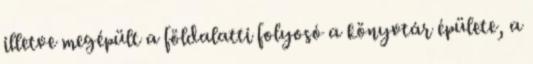
illetve megépült a földalatti folyosó a könyvtár épülete, a